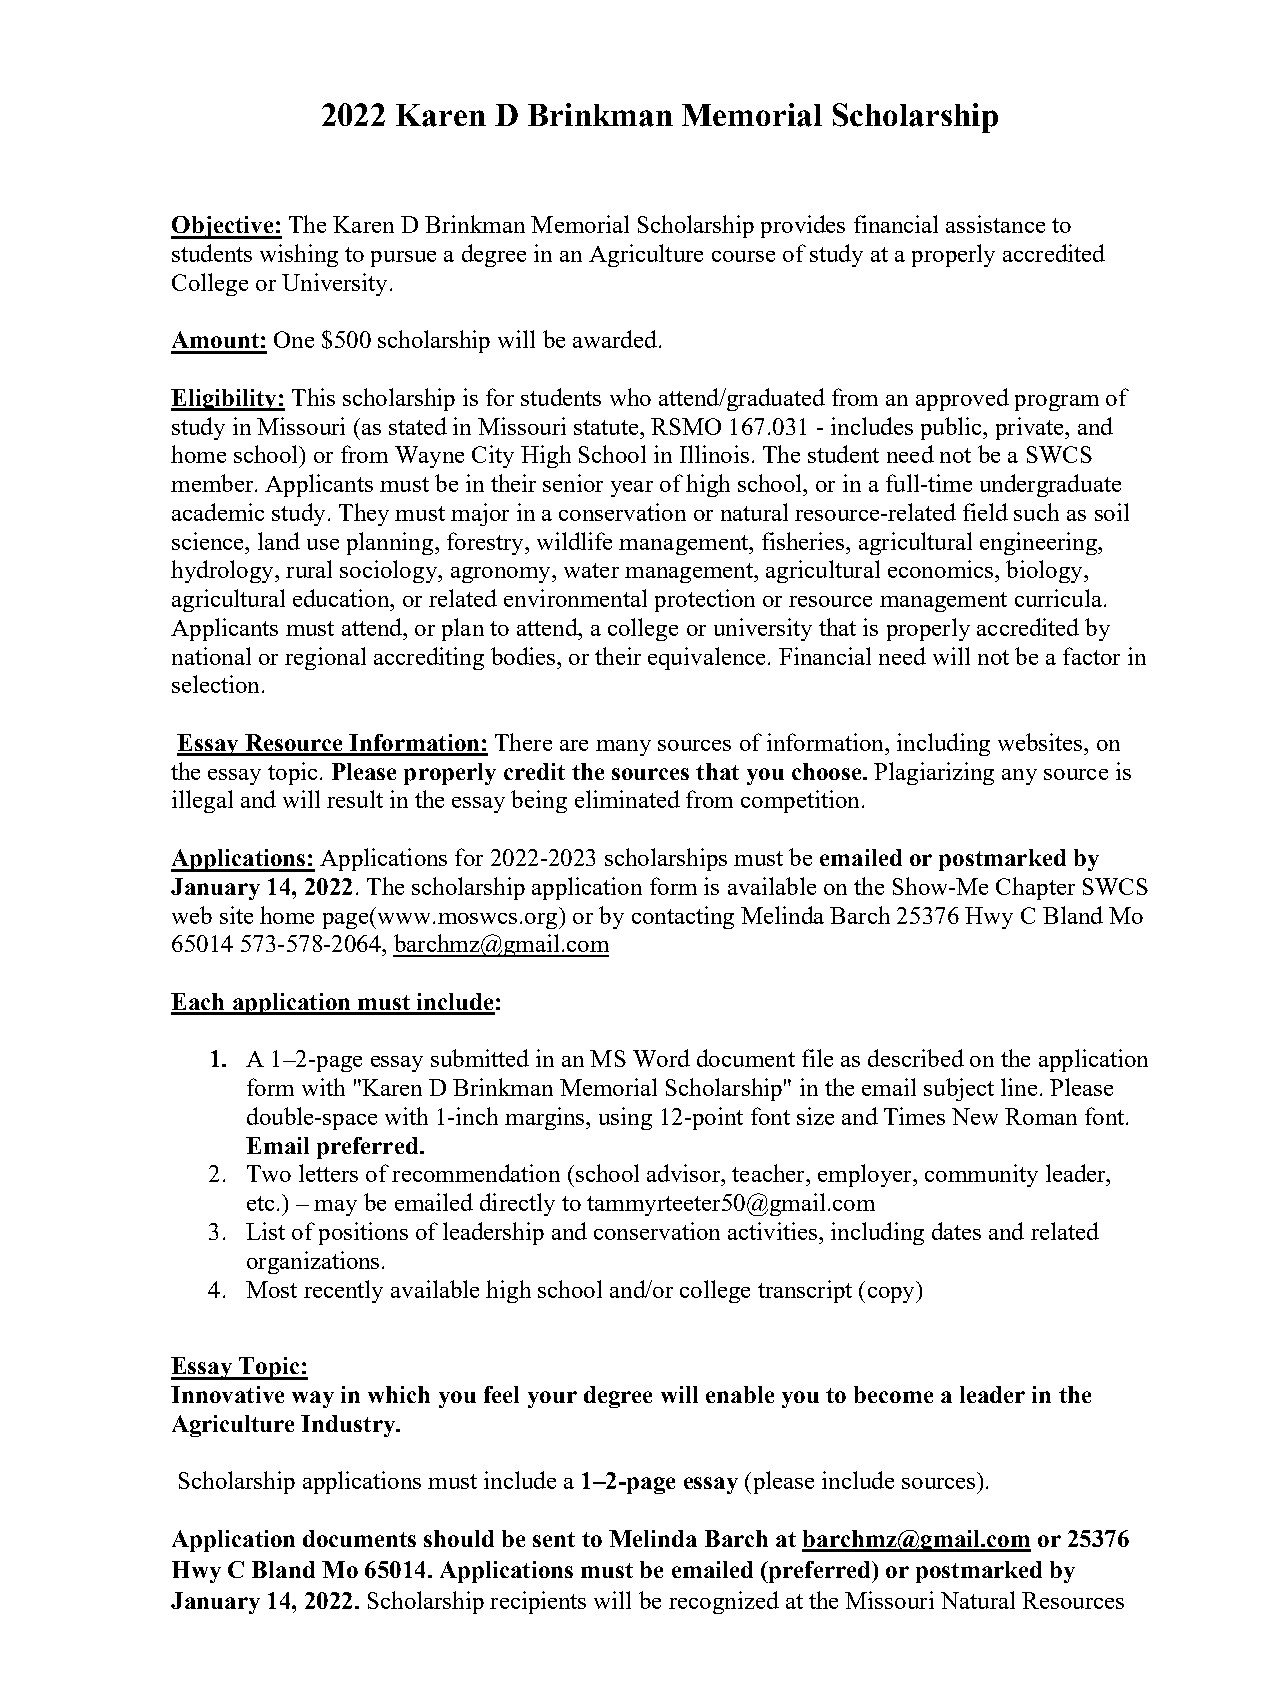
2022 Karen  D Brinkman  Memorial  Scholarship
 Objective: The Karen D Brinkman Memorial Scholarship provides financial assistance to
 students wishing to pursue a degree in an Agriculture course of study at a properly accredited
 College or University.
 Amount: One $500 scholarship will be awarded.
 Eligibility: This scholarship is for students who attend/graduated from an approved program of
 study in Missouri (as stated in Missouri statute, RSMO 167.031 - includes public, private, and
 home school) or from Wayne City High School in Illinois. The student need not be a SWCS
 member. Applicants must be in their senior year of high school, or in a full-time undergraduate
 academic study. They must major in a conservation or natural resource-related field such as soil
 science, land use planning, forestry, wildlife management, fisheries, agricultural engineering,
 hydrology, rural sociology, agronomy, water management, agricultural economics, biology,
 agricultural education, or related environmental protection or resource management curricula.
 Applicants must attend, or plan to attend, a college or university that is properly accredited by
 national or regional accrediting bodies, or their equivalence. Financial need will not be a factor in
 selection.
 Essay Resource Information: There are many sources of information, including websites, on
 the essay topic. Please properly credit the sources that you choose. Plagiarizing any source is
 illegal and will result in the essay being eliminated from competition.
 Applications: Applications for 2022-2023 scholarships must be emailed or postmarked by
 January 14, 2022. The scholarship application form is available on the Show-Me Chapter SWCS
 web site home page(www.moswcs.org) or by contacting Melinda Barch 25376 Hwy C Bland Mo
 65014 573-578-2064, barchmz@gmail.com
 Each application must include:
 1. A 1–2-page essay submitted in an MS Word document file as described on the application
 form with "Karen D Brinkman Memorial Scholarship" in the email subject line. Please
 double-space with 1-inch margins, using 12-point font size and Times New Roman font.
 Email preferred.
 2. Two letters of recommendation (school advisor, teacher, employer, community leader,
 etc.) – may be emailed directly to tammyrteeter50@gmail.com
 3. List of positions of leadership and conservation activities, including dates and related
 organizations.
 4. Most recently available high school and/or college transcript (copy)
 Essay Topic:
 Innovative way in which you feel your degree will enable you to become a leader in the
 Agriculture Industry.
 Scholarship applications must include a 1–2-page essay (please include sources).
 Application documents should be sent to Melinda Barch at barchmz@gmail.com or 25376
 Hwy C Bland Mo 65014. Applications must be emailed (preferred) or postmarked by
 January 14, 2022. Scholarship recipients will be recognized at the Missouri Natural Resources